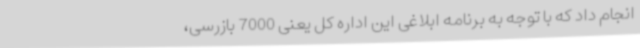
انجام داد که با توجه به برنامه ابلاغی این اداره کل یعنی 7000 بازرسی،